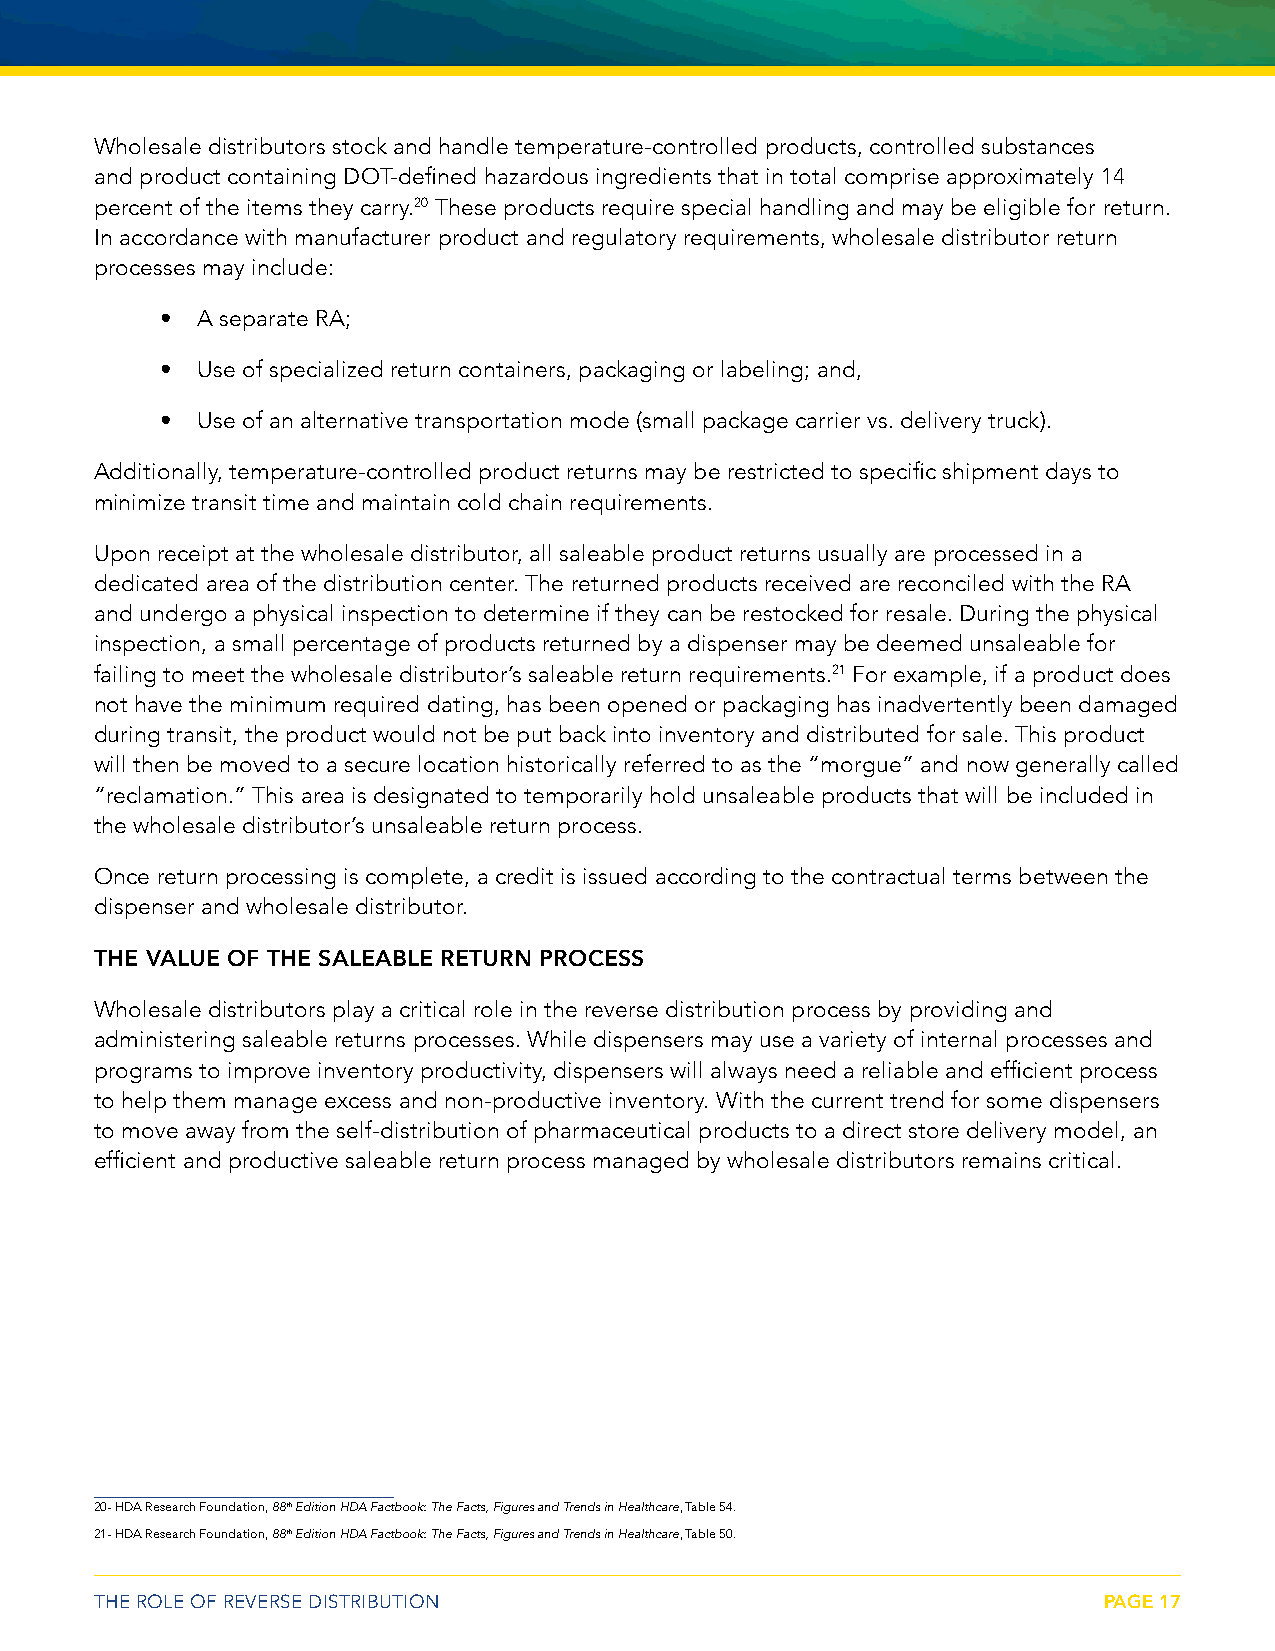
Wholesale distributors stock and handle temperature-controlled products, controlled substances
 and product containing DOT-defined hazardous ingredients that in total comprise approximately 14
 percent of the items they carry.20 These products require special handling and may be eligible for return.
 In accordance with manufacturer product and regulatory requirements, wholesale distributor return
 processes may include:
 • A separate RA;
 • Use of specialized return containers, packaging or labeling; and,
 • Use of an alternative transportation mode (small package carrier vs. delivery truck).
 Additionally, temperature-controlled product returns may be restricted to specific shipment days to
 minimize transit time and maintain cold chain requirements.
 Upon receipt at the wholesale distributor, all saleable product returns usually are processed in a
 dedicated area of the distribution center. The returned products received are reconciled with the RA
 and undergo a physical inspection to determine if they can be restocked for resale. During the physical
 inspection, a small percentage of products returned by a dispenser may be deemed unsaleable for
 failing to meet the wholesale distributor’s saleable return requirements.21 For example, if a product does
 not have the minimum required dating, has been opened or packaging has inadvertently been damaged
 during transit, the product would not be put back into inventory and distributed for sale. This product
 will then be moved to a secure location historically referred to as the “morgue” and now generally called
 “reclamation.” This area is designated to temporarily hold unsaleable products that will be included in
 the wholesale distributor’s unsaleable return process.
 Once return processing is complete, a credit is issued according to the contractual terms between the
 dispenser and wholesale distributor.
 THE VALUE OF THE SALEABLE RETURN PROCESS
 Wholesale distributors play a critical role in the reverse distribution process by providing and
 administering saleable returns processes. While dispensers may use a variety of internal processes and
 programs to improve inventory productivity, dispensers will always need a reliable and efficient process
 to help them manage excess and non-productive inventory. With the current trend for some dispensers
 to move away from the self-distribution of pharmaceutical products to a direct store delivery model, an
 efficient and productive saleable return process managed by wholesale distributors remains critical.
 20- HDA Research Foundation, 88th Edition HDA Factbook: The Facts, Figures and Trends in Healthcare, Table 54.
 21- HDA Research Foundation, 88th Edition HDA Factbook: The Facts, Figures and Trends in Healthcare, Table 50.
 THE ROLE OF REVERSE DISTRIBUTION                                   PAGE 17